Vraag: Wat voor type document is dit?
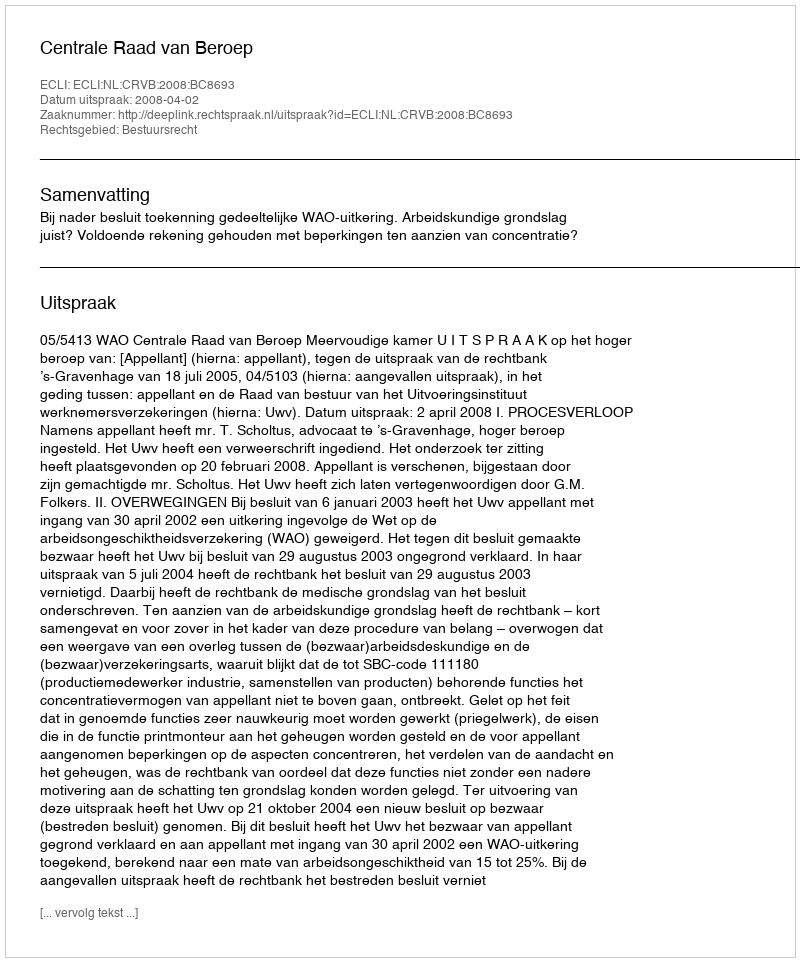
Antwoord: Uitspraak